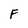
Character: F